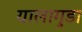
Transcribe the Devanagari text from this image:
यालागुडा